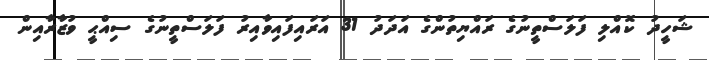
ޝަހީދު ކޮއްލި ފަލަސްތީނުގެ ރައްޔިތުންގެ އަދަދު 31 އަރައިފައިވާއިރު ފަލަސްތީނުގެ ސިއްޙީ ވުޒާރާއިން